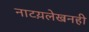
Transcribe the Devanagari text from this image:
नाटय़लेखनही